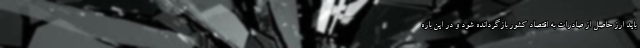
باید ارز حاصل از صادرات به اقتصاد کشور بازگردانده شود و در این باره